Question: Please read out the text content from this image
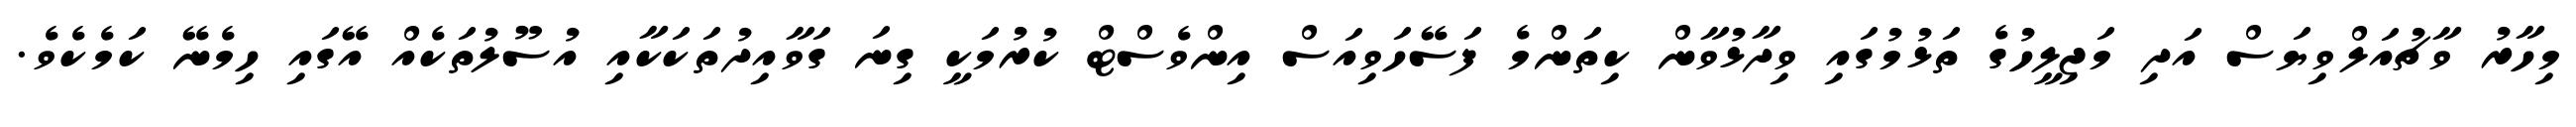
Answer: މިހާރު ވާޗުއަލްވިޔަސް އަދި މަޖިލީހުގެ ތަޅުމުގައި ވިދާޅުވާން ކިތަންމެ ފަސޭހަވިއަސް އިންވެސްޓް ކުރުމަކީ ގިނަ ގަވާއިދުތަކަކާއި އުސޫލުތަކެއް އޭގައި ހިމެނޭ ކަމެކެވެ.